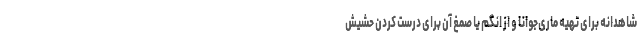
شاهدانه برای تهیه ماری‌جوانا و از انگم یا صمغ آن برای درست کردن حشیش